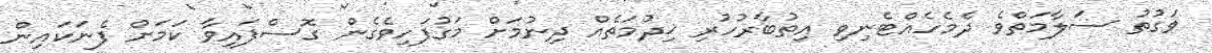
ވަގުތު ސަލާމަތްވެ ދެމެހެއްޓެނިވި އިތުބާރުހުރި ޚިދުމަތެއް ދިނުމަށް މަގުފަހިވެގެން ގޮސްފައިވާ ކަމަށް ފެނަކައިން